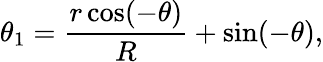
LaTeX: \theta_{1}=\frac{r\cos(-\theta)}{R}+\sin(-\theta),